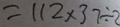
= 1 1 2 \times 3 7 \div 2